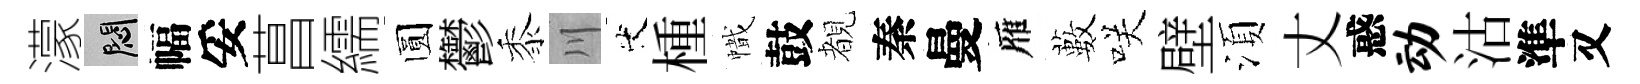
濛悶幅妥菖繻圆鬱黍川代㮔幟鼓覩秦曼雁藪咲壁湏丈惑动沽準又